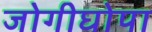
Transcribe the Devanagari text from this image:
जोगीघोपा